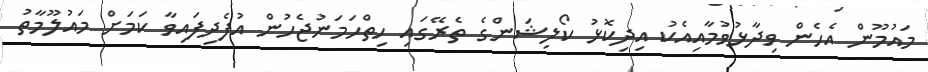
މައުމޫން އެހެން ވިދާޅުވުމާއިއެކު އިދިކޮޅު ކޯލިޝަންގެ ތެރޭގައި ހިތްހަމަނުޖެހުން އުފެދިފައިވާ ކަމަށް މައުލޫމާތު